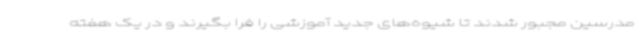
مدرسین مجبور شدند تا شیوه‌های جدید آموزشی را فرا بگیرند و در یک هفته